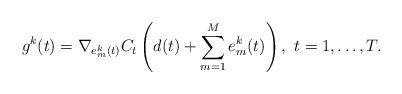
LaTeX: \begin{align*} g^k(t)=\nabla_{e_m^k(t)} C_t \left(d(t)+\sum_{m=1}^M e_m^k(t)\right),~t=1,\ldots,T. \end{align*}